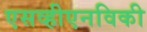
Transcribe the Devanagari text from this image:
एसव्हीएनविकी